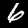
Digit: 6